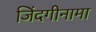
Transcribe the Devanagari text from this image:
जिंदगीनामा